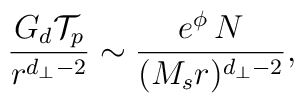
{G_d {\cal T}_p \over r^{d_\perp - 2}} \sim {e^{\phi} \, N\over (M_sr)^{d_\perp -2}} ,